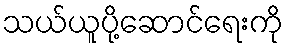
သယ်ယူပို့ဆောင်ရေးကို